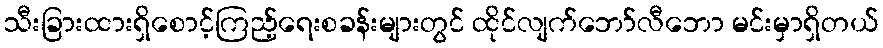
သီးခြားထားရှိစောင့်ကြည့်ရေးစခန်းများတွင် ထိုင်လျက်ဘော်လီဘော မင်းမှာရှိတယ်